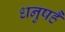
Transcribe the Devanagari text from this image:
धनुषहै